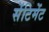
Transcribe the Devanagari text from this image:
सेंटिमेंट